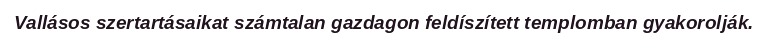
Vallásos szertartásaikat számtalan gazdagon feldíszített templomban gyakorolják.